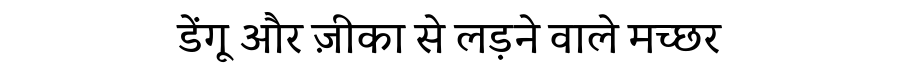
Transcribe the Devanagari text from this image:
डेंगू और ज़ीका से लड़ने वाले मच्छर